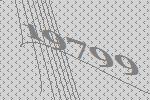
19799